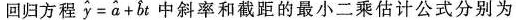
回归方程$$\hat { y } = \hat { a } + \hat { b } t$$中斜率和截距的最小二乘估计公式分别